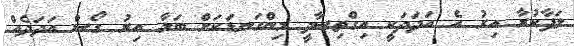
ލަފާކުރާ އިރު އެ އަދަދަކީ އިގްތިސާދީ މިންގަނޑަކަށް ބަލާ އިރު ގޯސް އަދަދެއް